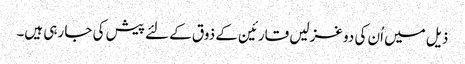
ذیل میں اُن کی دو غزلیں قارئین کے ذوق کے لئے پیش کی جا رہی ہیں۔